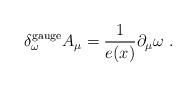
LaTeX: \begin{align*}\delta_\omega^{\rm gauge} A_\mu = \frac 1{e(x)} \partial_\mu \omega\ .\end{align*}